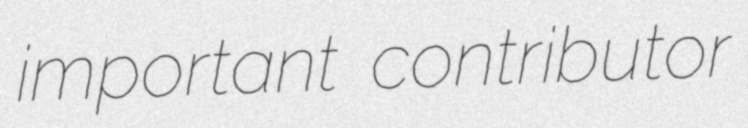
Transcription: important contributor